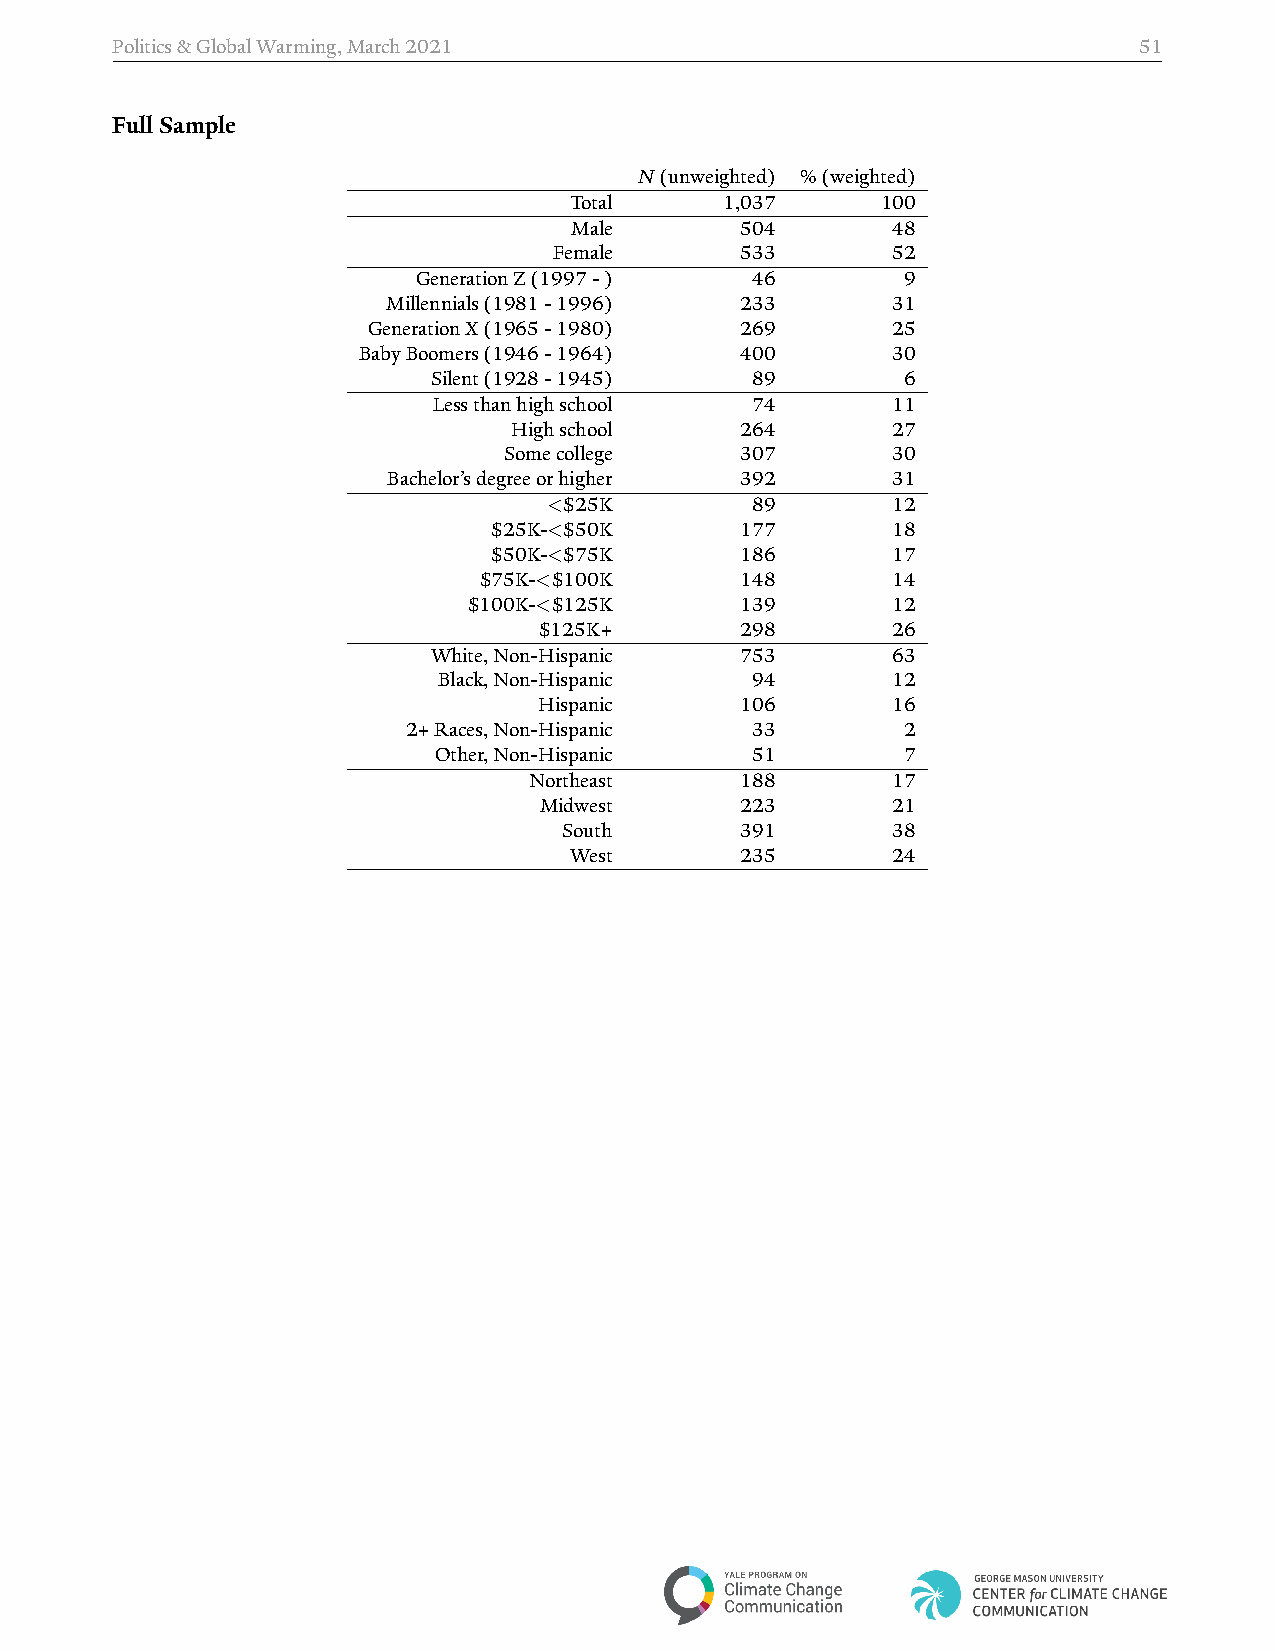
Politics&GlobalWarming,March2021                                    51
 FullSample
 N(unweighted) %(weighted)
 Total     1,037     100
 Male       504       48
 Female      533       52
 GenerationZ(1997­)    46        9
 Millennials(1981­1996) 233       31
 GenerationX(1965­1980)   269       25
 BabyBoomers(1946­1964)   400       30
 Silent(1928­1945)    89        6
 Lessthanhighschool   74       11
 Highschool     264       27
 Somecollege     307       30
 Bachelor’sdegreeorhigher 392     31
 <$25K         89       12
 $25K­<$50K      177       18
 $50K­<$75K      186       17
 $75K­<$100K      148       14
 $100K­<$125K      139       12
 $125K+       298       26
 White,Non­Hispanic  753       63
 Black,Non­Hispanic   94       12
 Hispanic     106       16
 2+Races,Non­Hispanic   33        2
 Other,Non­Hispanic   51        7
 Northeast     188       17
 Midwest      223       21
 South       391       38
 West       235       24